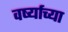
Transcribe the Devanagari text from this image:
वर्ष्याच्या